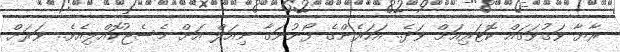
ރާޔާ ވަގުވަގައް ކޮޓަރިއަށް ވަދެ.. އަހަރެންގެ ފޯނުނަގާ ނިއަލް އަށް މެސެޖުކޮއްލިއެވެ.. ވަރަށް